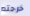
خرجتم